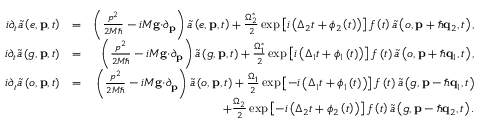
\begin{array} { r l r } { i \partial _ { t } \tilde { a } \left( e , \mathbf { p } , t \right) } & { = } & { \left( \frac { p ^ { 2 } } { 2 M \hbar } - i M \mathbf { g \cdot } \partial _ { \mathbf { p } } \right) \tilde { a } \left( e , \mathbf { p } , t \right) + \frac { \Omega _ { 2 } ^ { \ast } } { 2 } \exp \left[ i \left( \Delta _ { 2 } t + \phi _ { 2 } \left( t \right) \right) \right] f \left( t \right) \tilde { a } \left( o , \mathbf { p } + \hbar \mathbf { q } _ { 2 } , t \right) , } \\ { i \partial _ { t } \tilde { a } \left( g , \mathbf { p } , t \right) } & { = } & { \left( \frac { p ^ { 2 } } { 2 M \hbar } - i M \mathbf { g \cdot } \partial _ { \mathbf { p } } \right) \tilde { a } \left( g , \mathbf { p } , t \right) + \frac { \Omega _ { 1 } ^ { \ast } } { 2 } \exp \left[ i \left( \Delta _ { 1 } t + \phi _ { 1 } \left( t \right) \right) \right] f \left( t \right) \tilde { a } \left( o , \mathbf { p } + \hbar \mathbf { q } _ { 1 } , t \right) , } \\ { i \partial _ { t } \tilde { a } \left( o , \mathbf { p } , t \right) } & { = } & { \left( \frac { p ^ { 2 } } { 2 M \hbar } - i M \mathbf { g \cdot } \partial _ { \mathbf { p } } \right) \tilde { a } \left( o , \mathbf { p } , t \right) + \frac { \Omega _ { 1 } } { 2 } \exp \left[ - i \left( \Delta _ { 1 } t + \phi _ { 1 } \left( t \right) \right) \right] f \left( t \right) \tilde { a } \left( g , \mathbf { p } - \hbar \mathbf { q } _ { 1 } , t \right) } \\ & { } & { + \frac { \Omega _ { 2 } } { 2 } \exp \left[ - i \left( \Delta _ { 2 } t + \phi _ { 2 } \left( t \right) \right) \right] f \left( t \right) \tilde { a } \left( g , \mathbf { p } - \hbar \mathbf { q } _ { 2 } , t \right) . } \end{array}